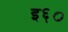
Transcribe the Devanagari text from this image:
इ६०